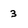
Character: 3